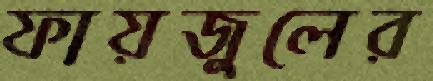
ফায়জুলের